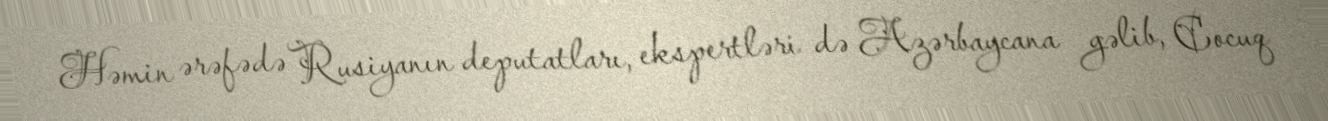
Həmin ərəfədə Rusiyanın deputatları, ekspertləri də Azərbaycana gəlib, Cocuq